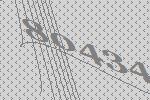
80434